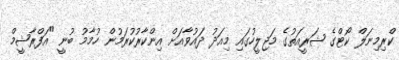
ކްރިމިނަލް ކޯޓްގެ ޝަރީއަތުގެ މަޖިލީހުގައި މިއަދު ދައުވާއަށް އިންކާރުކުރަމުން ހުމާމު ބުނީ "އަފްރާޝީމް